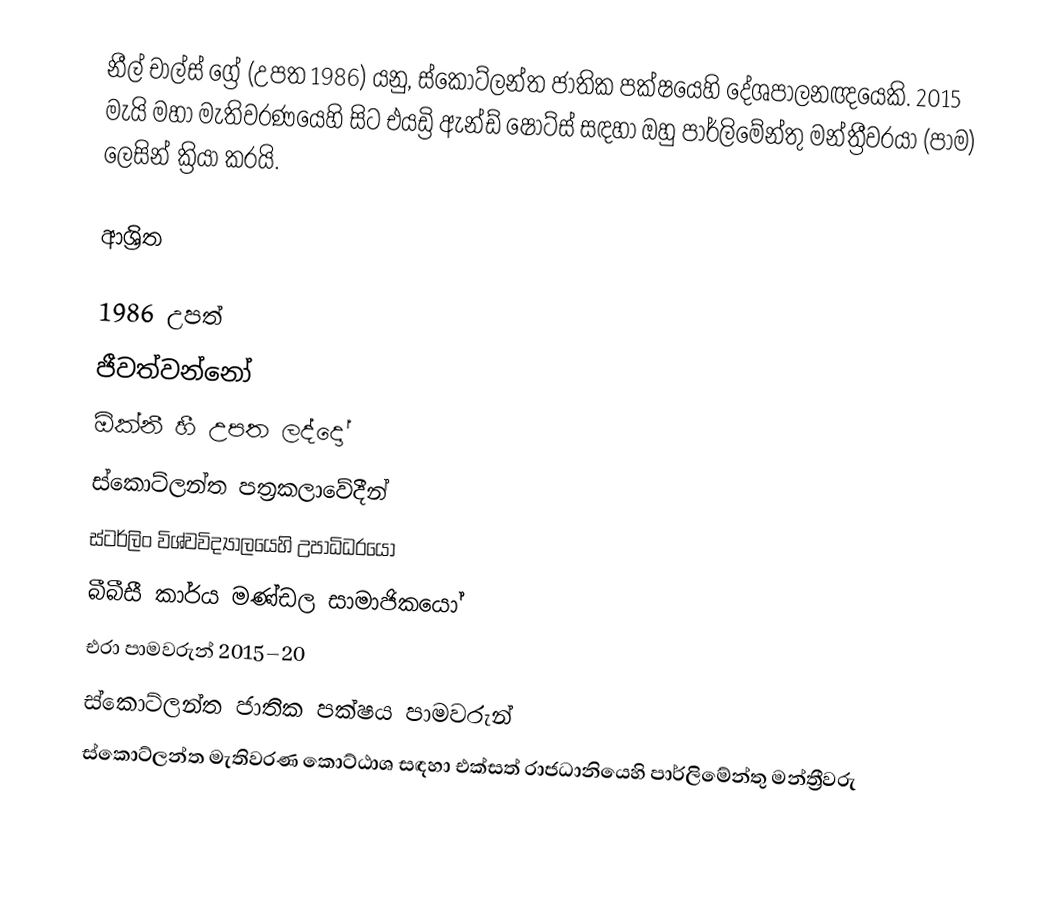
නීල් චාල්ස් ග්‍රේ (උපත 1986) යනු,  ස්කොට්ලන්ත ජාතික පක්ෂයෙහි දේශපාලනඥයෙකි.  2015 මැයි මහා මැතිවරණයෙහි සිට  එයඩ්‍රි ඇන්ඩ් ෂොට්ස් සඳහා ඔහු පාර්ලිමේන්තු මන්ත්‍රීවරයා (පාම) ලෙසින් ක්‍රියා කරයි.

ආශ්‍රිත

1986 උපත්
ජීවත්වන්නෝ
 ඕක්නී හී උපත ලද්දෝ
ස්කොට්ලන්ත පත්‍රකලාවේදීන්
 ස්ටර්ලිං විශ්වවිද්‍යාලයෙහි උපාධිධරයෝ
බීබීසී කාර්ය මණ්ඩල සාමාජිකයෝ
එරා පාමවරුන් 2015–20
ස්කොට්ලන්ත ජාතික පක්ෂය පාමවරුන්
 ස්කොට්ලන්ත මැතිවරණ කොට්ඨාශ සඳහා එක්සත් රාජධානියෙහි පාර්ලිමේන්තු මන්ත්‍රීවරු